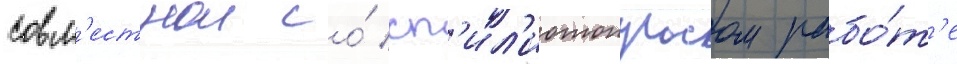
совм'естнои со́ сп'ил'иотопулосом рабо́т'е